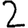
Digit: 2